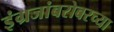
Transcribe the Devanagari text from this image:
इंग्रजांबरोबरच्या